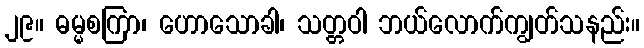
၂၉။ ဓမ္မစကြာ၊ ဟောသောခါ၊ သတ္တဝါ ဘယ်လောက်ကျွတ်သနည်း။